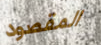
المقصود